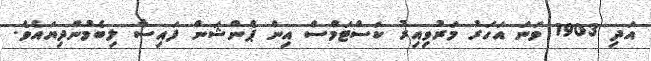
އަދި 1903 ވަނަ އަހަރު މަރުވިއިރު ކަސްޓަމްސް އިން ޕެންޝަން ފައިސާ ލިބެމުންދިޔައެވެ.